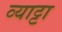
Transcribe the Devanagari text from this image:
व्याट्टा